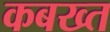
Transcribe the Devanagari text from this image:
कबख्त